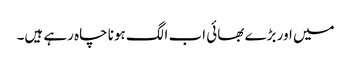
میں اور بڑے بھائی اب الگ ہونا چاہ رہے ہیں۔